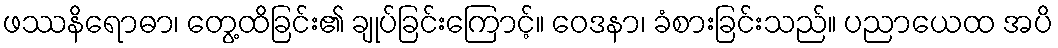
ဖဿနိရောဓာ၊ တွေ့ထိခြင်း၏ ချုပ်ခြင်းကြောင့်။ ဝေဒနာ၊ ခံစားခြင်းသည်။ ပညာယေထ အပိ